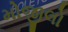
મોજીલો